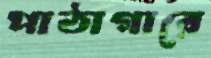
পাঠাগারে